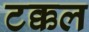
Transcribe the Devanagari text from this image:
टक्कल